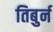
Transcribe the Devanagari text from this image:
तिबुर्न